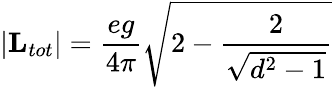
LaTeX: \vert{\mathbf L}_{tot}\vert={\frac{eg}{4\pi}}\sqrt{2-{\frac{2}{\sqrt{d^{2}-1}}}}